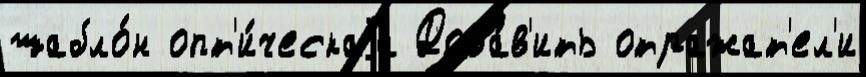
шабло́н опт'и́ческаjа Доба́в'ить отражат'ел'и